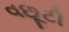
વછૂટી